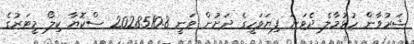
ޝަރުވާން ހުޅުމާލެ ދެވަނަ ފިޔަވަހީގެ ދަށުން ވަނީ 2028510.8 ސްކޮޔާ ކިލޯ މީޓަރުގެ